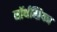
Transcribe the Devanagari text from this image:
नॉर्थम्ब्रियन